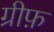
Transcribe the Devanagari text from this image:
ग्रीफ़